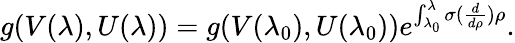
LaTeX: g(V(\lambda),U(\lambda))=g(V(\lambda_{0}),U(\lambda_{0}))e^{\int_{\lambda_{0}}^{\lambda}\sigma(\frac{d}{d\rho})\rho}.